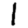
Digit: 1